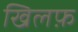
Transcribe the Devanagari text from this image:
खिलफ़